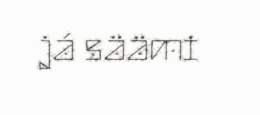
já säämi